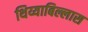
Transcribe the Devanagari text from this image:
थिय्याबिल्लास